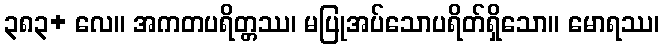
၃၈၃+ လေ။ အကတပရိတ္တဿ၊ မပြုအပ်သောပရိတ်ရှိသော။ မောရဿ၊